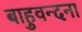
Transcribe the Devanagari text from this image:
बाहुवन्दना